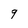
Character: 9